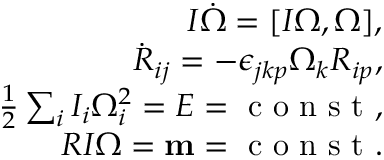
\begin{array} { r } { I \dot { \boldsymbol \Omega } = [ I { \boldsymbol \Omega } , { \boldsymbol \Omega } ] , } \\ { \dot { R } _ { i j } = - \epsilon _ { j k p } \Omega _ { k } R _ { i p } , } \\ { \frac 1 2 \sum _ { i } I _ { i } \Omega _ { i } ^ { 2 } = E = \mathrm { ~ c ~ o ~ n ~ s ~ t ~ } , } \\ { R I { \boldsymbol \Omega } = { \bf m } = \mathrm { ~ c ~ o ~ n ~ s ~ t ~ } . } \end{array}